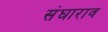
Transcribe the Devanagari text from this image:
संघाराव